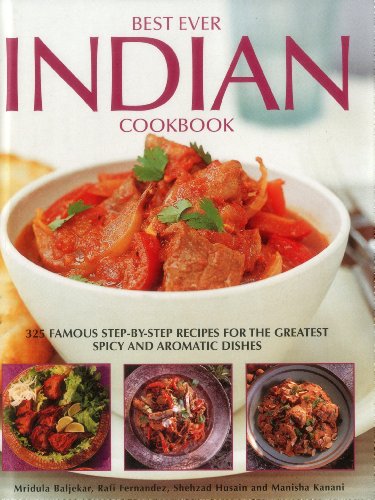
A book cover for Best Ever Indian Cookbook: 325 Famous Step-By-Step Recipes For The Greatest Spicy And Aromatic Dishes; Mridula Beljekar; Cookbooks, Food & Wine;